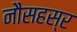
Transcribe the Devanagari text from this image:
नौसहस्र